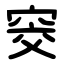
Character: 窔